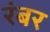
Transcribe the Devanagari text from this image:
रंबर